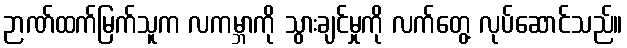
ဉာဏ်ထက်မြက်သူက လကမ္ဘာကို သွားချင်မှုကို လက်တွေ့ လုပ်ဆောင်သည်။